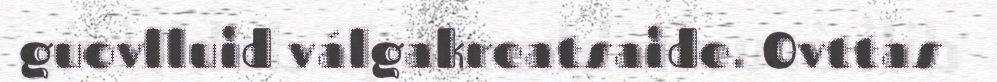
guovlluid válgakreatsaide. Ovttas